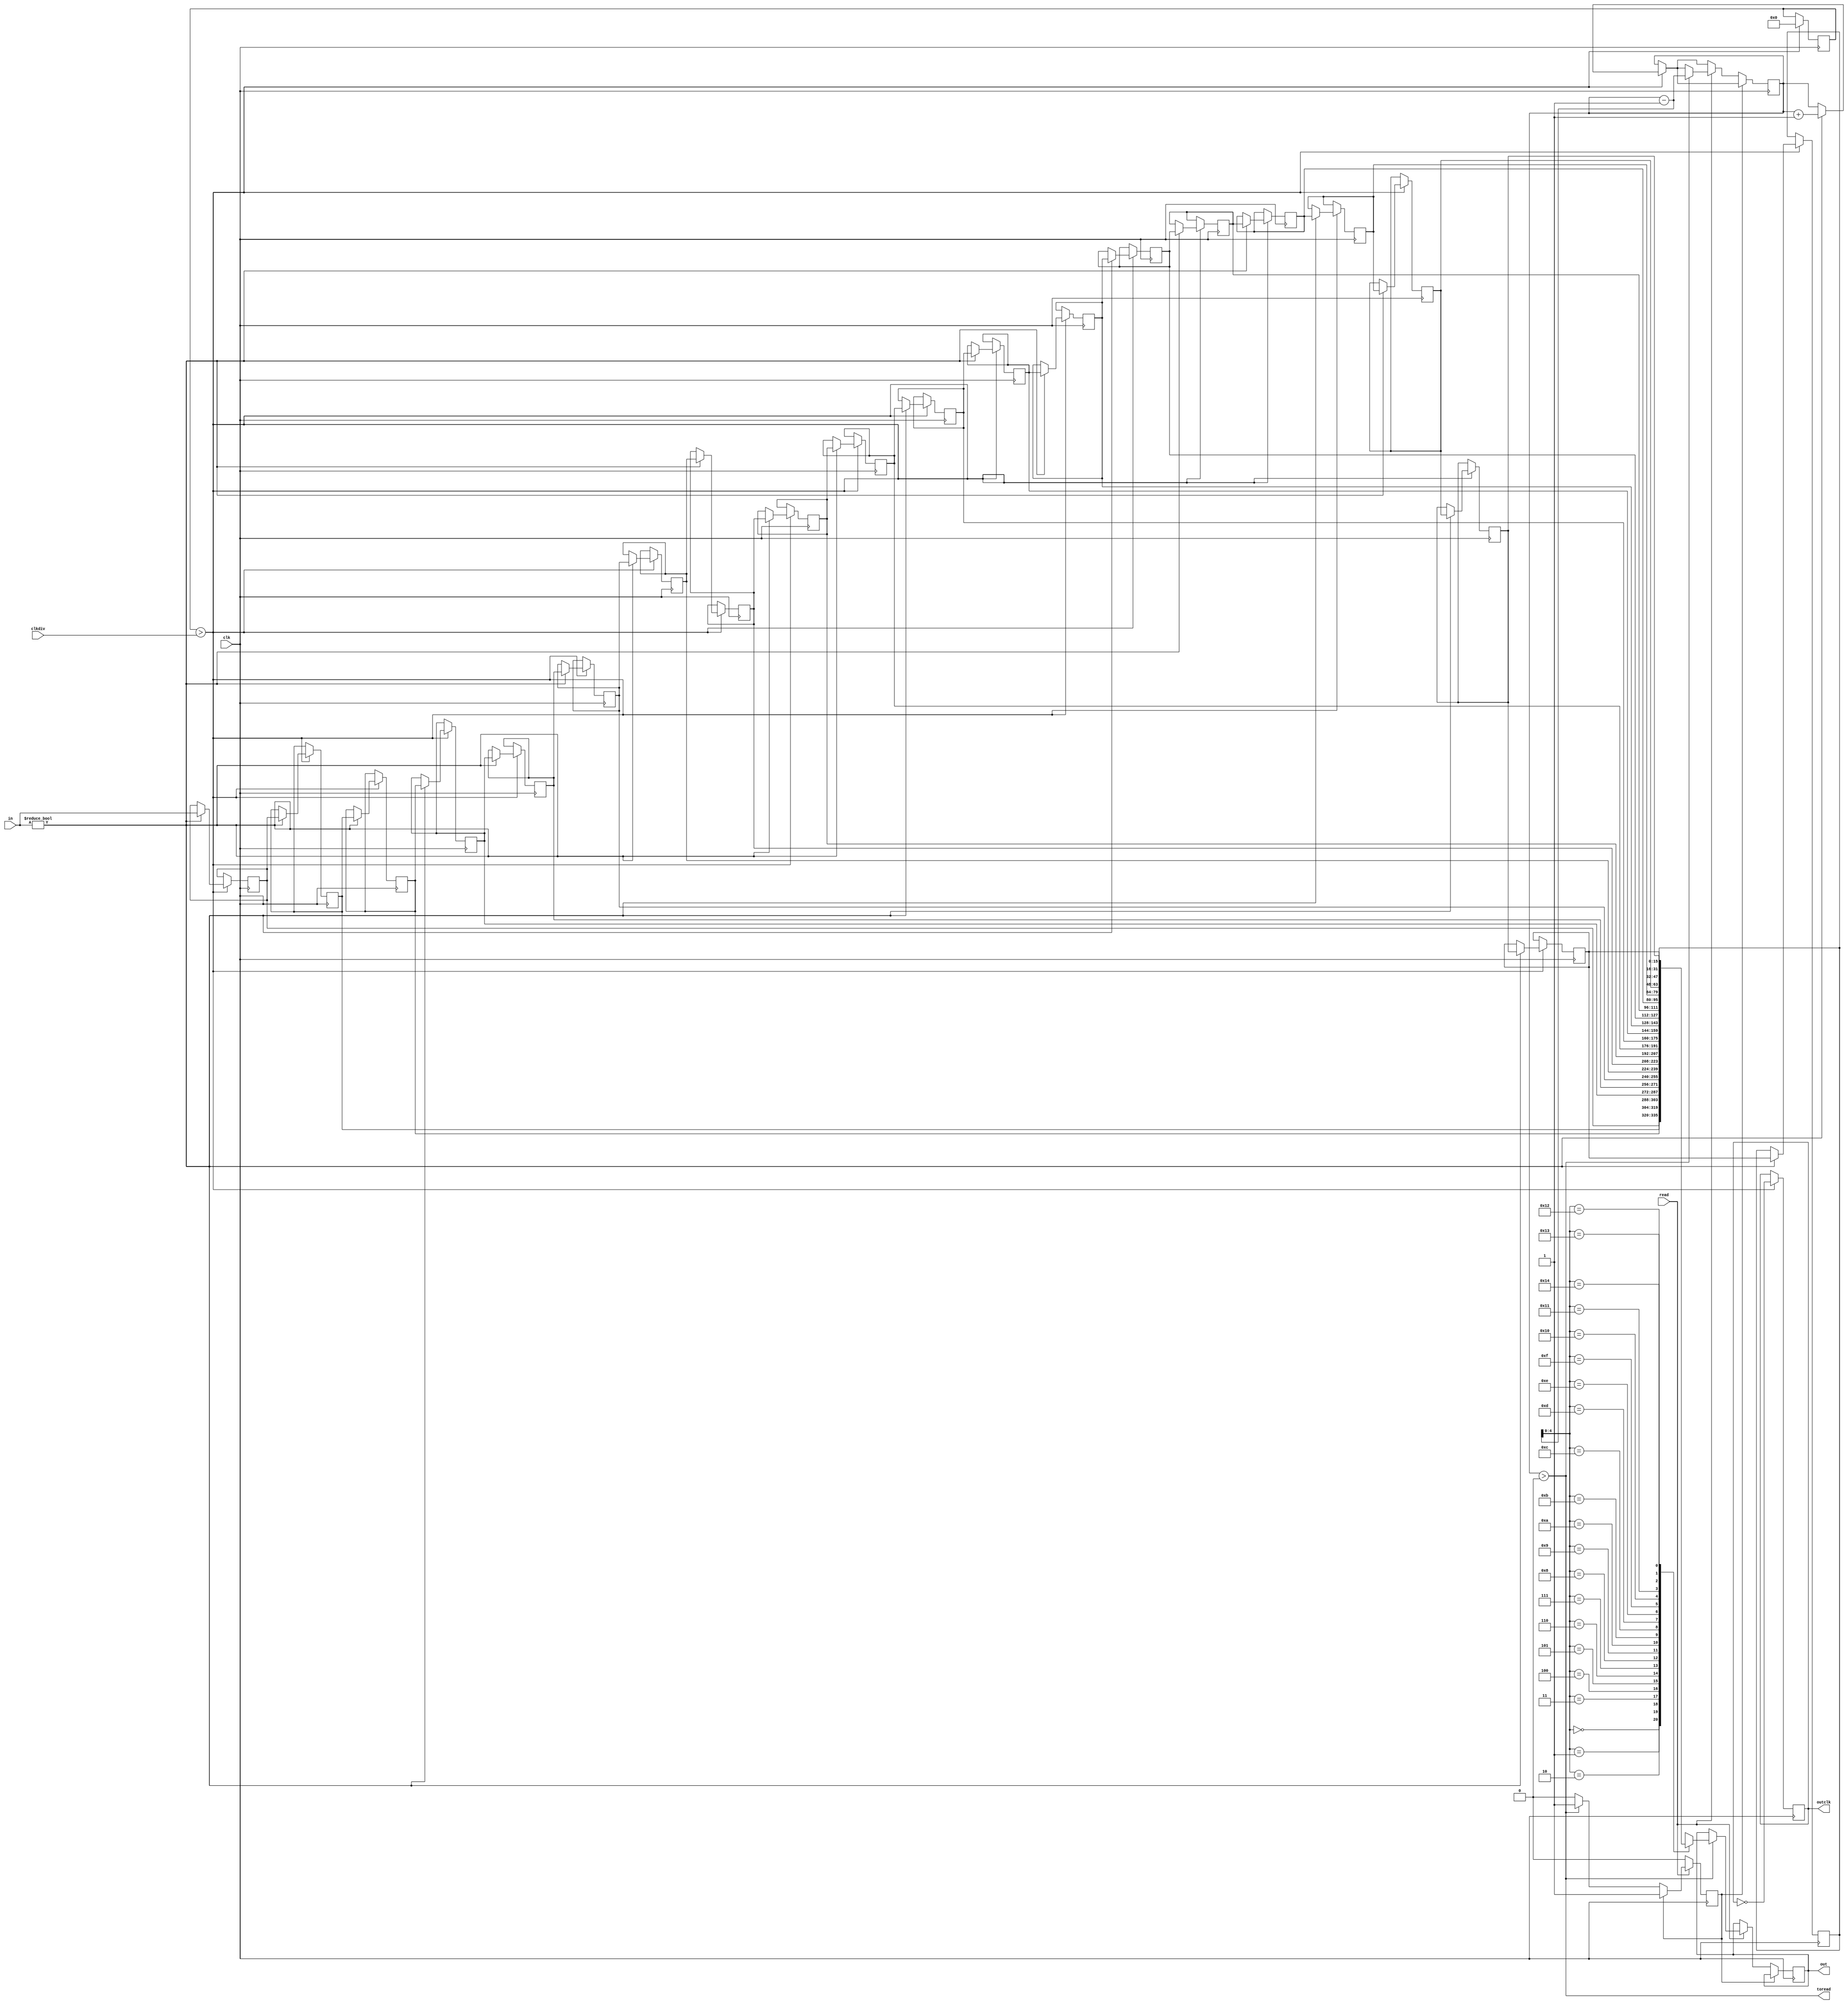
module InBuff #(parameter WIDTH = 16)(
	input clk,
	input [WIDTH-1:0] in,
	output reg [WIDTH-1:0] out,
	input read,
	input clkdiv,
	output reg outclk,
	output toread);
	
	
	
	reg [WIDTH-1:0] inbuf [20:0];
	reg [6:0] i;
	reg [15:0] counter = 0;
	reg oldread = 0;
	reg [6:0] bufpointer = 0;
	
	assign toread = (bufpointer > 0);
	
	
	always @(posedge clk) begin
		if (counter > clkdiv) begin//@TODO: external clk
			outclk <= !outclk;
			counter <= 0;
			if (in != 0) begin
				for(i=1;i<21;i=i+1) begin//probably very slow //WHAT THE FUCK-@TODO: implement cyclic buffer
					inbuf[i] <= inbuf[i-1];
				end
				inbuf[0] <= in;
				bufpointer <= bufpointer + 1;
			end
		end
		if (!oldread) begin
			if (read) begin
				if(bufpointer > 0) begin
					out <= inbuf[bufpointer - 1];
					bufpointer <= bufpointer - 1;
					oldread <= 1;
				end
			end
		end
		if (!read) begin
			oldread <= 0;
		end
	end
endmodule